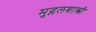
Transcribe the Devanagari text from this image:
मुद्गलशास्त्री